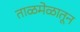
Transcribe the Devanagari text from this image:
ताळमेळातून